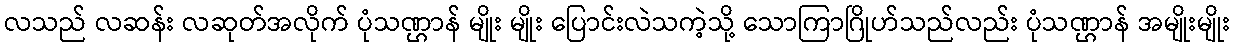
လသည် လဆန်း လဆုတ်အလိုက် ပုံသဏ္ဌာန် မျိုး မျိုး ပြောင်းလဲသကဲ့သို့ သောကြာဂြိုဟ်သည်လည်း ပုံသဏ္ဌာန် အမျိုးမျိုး